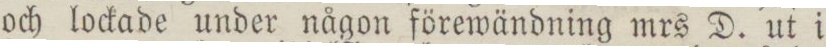
och lockade under någon förewändning mrs D. ut i